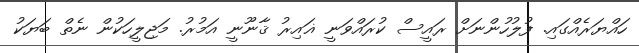
ހައްޔަރެއްގައި. ފުލުހުންނަށް ރައީސް ކުރައްވަނީ ޣައިރު ޤާނޫނީ އަމުރު. މަޖިލީހަކުން ނެތް ބަޔަކު